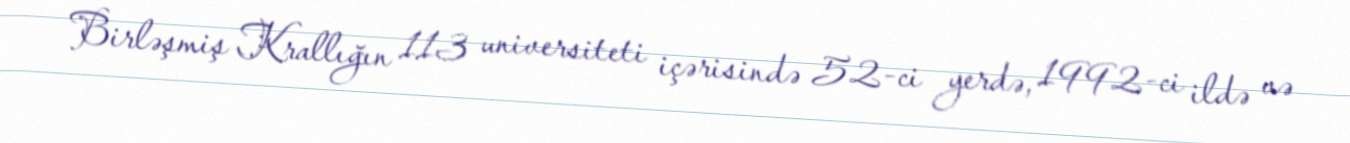
Birləşmiş Krallığın 113 universiteti içərisində 52-ci yerdə, 1992-ci ildə və